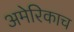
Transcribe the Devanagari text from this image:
अमेरिकाच